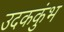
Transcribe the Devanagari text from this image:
उदककुंभ